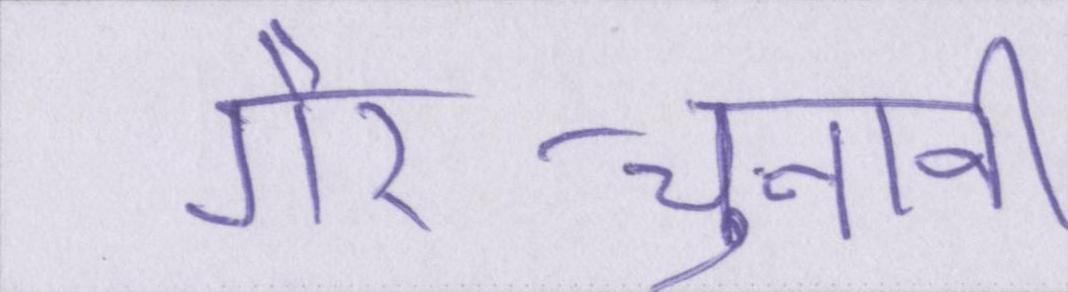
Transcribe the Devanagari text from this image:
गैर-चुनावी